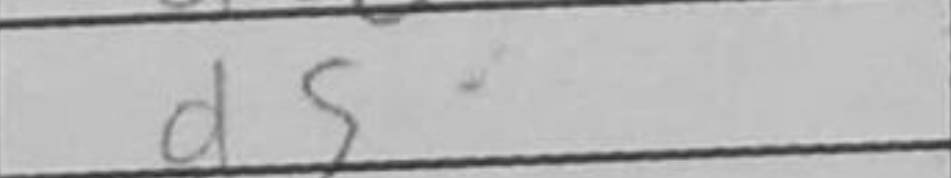
Transcription: d5